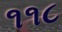
૧૧૮